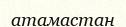
атамастан